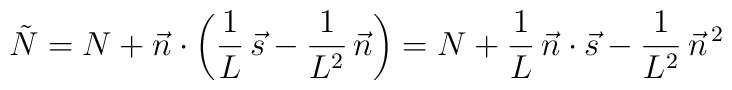
\tilde{N} = N + \vec{n}\cdot\left(\frac{1}{L}\,\vec{s} - \frac{1}{L^2}\,\vec{n}\right) = N + \frac{1}{L}\,\vec{n}\cdot\vec{s} - \frac{1}{L^2}\,{\vec{n}}^{\,2}